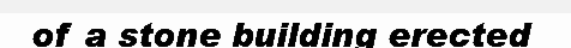
of a stone building erected